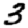
Digit: 3